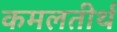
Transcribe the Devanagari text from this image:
कमलतीर्थ